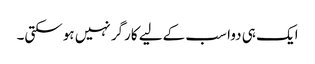
ایک ہی دوا سب کےلیے کارگر نہیں ہوسکتی۔